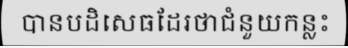
បានបដិសេធដែរថាជំនួយកន្លះ